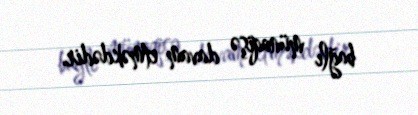
bağlı münaqişə davam etməkdədir.